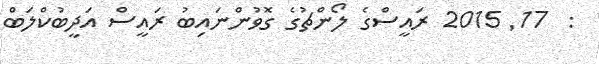
:  17